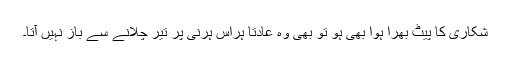
شکاری کا پیٹ بھرا ہوا بھی ہو تو بھی وہ عادتاً ہراس ہرنی پر تیر چلانے سے باز نہیں آتا۔